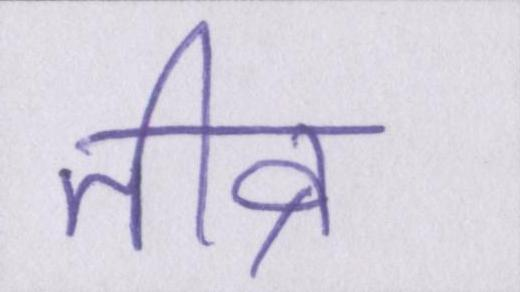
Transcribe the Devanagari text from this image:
तीव्र